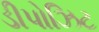
ડીપોઝિટ